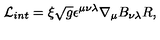
\mathcal { L } _ { i n t } = \xi \sqrt { g } \epsilon ^ { \mu \nu \lambda } \nabla _ { \mu } B _ { \nu \lambda } R ,